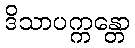
ဒိသာပက္ကန္တော